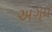
અગવ